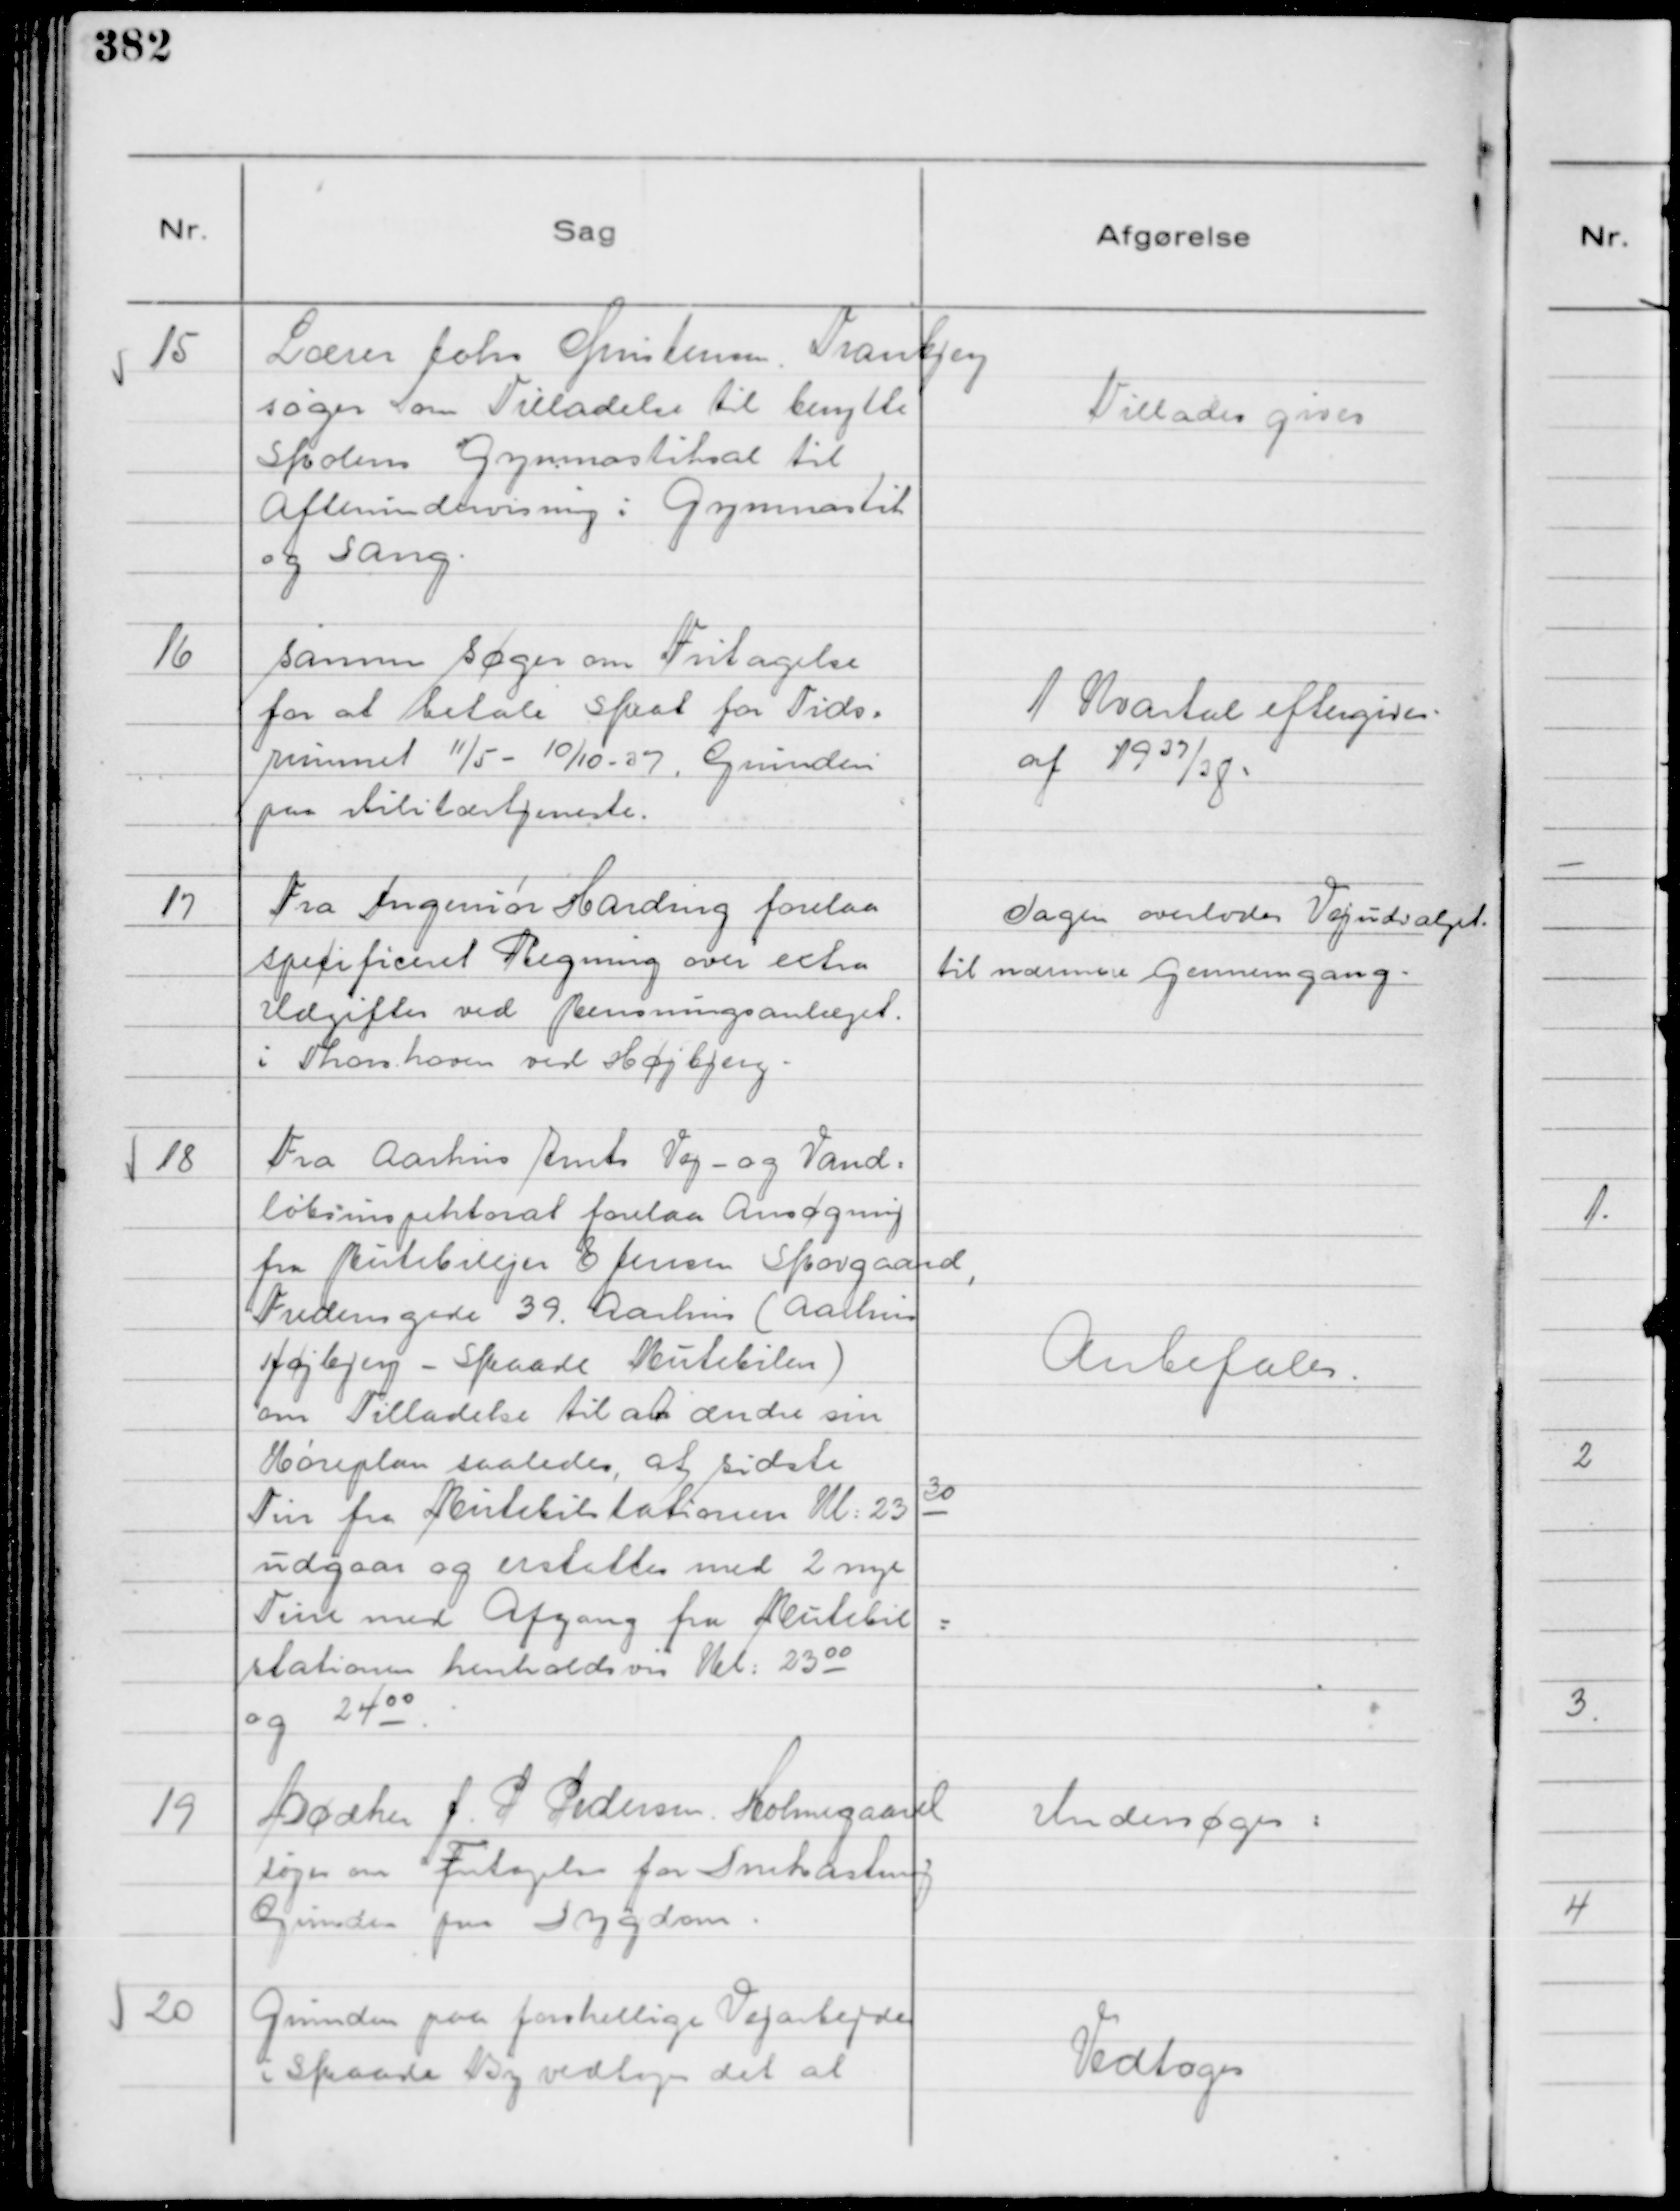
Transskription:
15
Lærer Johs Christensen. Tranbjerg
søger om Tilladelse til benytte
Skolens Gymnastiksal til
Aftenundervisning i Gymnastik
og Sang.

Tillades gives

16
samme søger om Fritagelse
for at betale Skat for Tids=
rummet 11/5 - 10/10 - 37. Grunden
paa Militærtjeneste.

1 Kvartal eftergives .
af 1937/38

17
Fra Ingeniør Harding forelaa
specificeret Regning over extra
Udgifter ved Rensningsanlæget.
i Thors.haven ved Højbjerg.

Sagen overlodes Vejudvalget
til nærmere gennemgang.

18
Fra Aarhus Amts Vej- og Vand=
løbsinspektorat forelaa Ansøgning
fra Rutebilejer E Jensen Skovgaard,
Fredensgade 39. Aarhus ( Aarhus
Højbjerg - Skaade Rutebilen )
om Tilladelse til at ændre sin
Køreplan saaledes, at sidste
Tur fra Rutebilstationen Kl: 23 30
udgaar og erstattes med 2 nye
Ture med Afgang fra Rutebil=
stationen henholdsvis Kl: 23 00
og 24 00.

Anbefales.

19
Bødker J. P Pedersen. Holmegaard
søger om Fritagelse for Snekastning
Grunden paa Sygdom.

Undersøges:

20
Grunden paa forskellige Vejarbejder
i Skaade By vedtoges det at

Vedtages